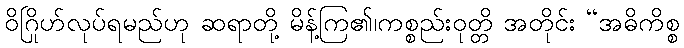
ဝိဂြိုဟ်လုပ်ရမည်ဟု ဆရာတို့ မိန့်ကြ၏၊ကစ္စည်းဝုတ္တိ အတိုင်း “အဓိကိစ္စ